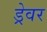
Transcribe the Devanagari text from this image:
ड्रेवर